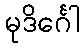
မုဒိင်္ဂေါ